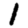
Digit: 1